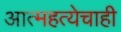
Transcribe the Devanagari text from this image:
आत्महत्येचाही